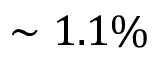
\sim 1 . 1 \%